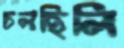
চলছিলি